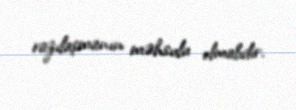
razılaşmanın məhsulu olmalıdır.